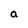
Character: a